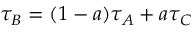
\tau _ { B } = ( 1 - a ) \tau _ { A } + a \tau _ { C }